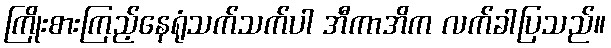
ကြိုးစားကြည့်နေရုံသက်သက်ပါ အီကာအိက လက်ခါပြသည်။